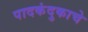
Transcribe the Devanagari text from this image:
पादकंदुकाचे